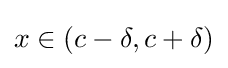
x\in (c-\delta ,c+\delta )